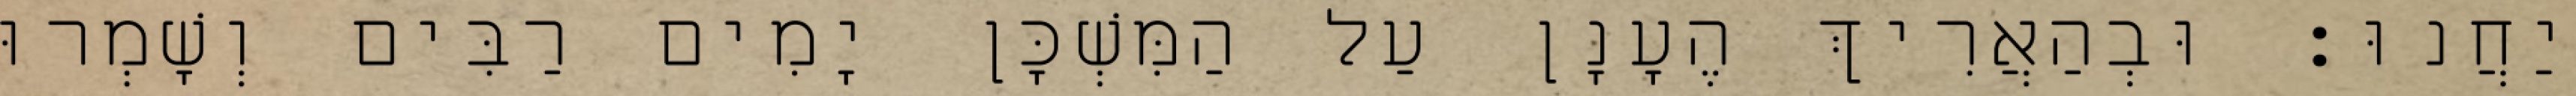
יַחֲנוּ׃ וּבְהַאֲרִיךְ הֶעָנָן עַל הַמִּשְׁכָּן יָמִים רַבִּים וְשָׁמְרוּ